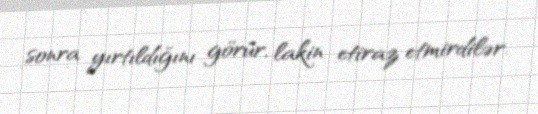
sonra yırtıldığını görür, lakin etiraz etmirdilər.